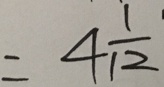
= 4 \frac { 1 } { 1 2 }